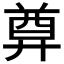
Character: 𢍜